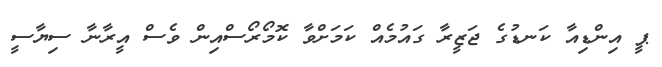
ޕީ އިންޑިއާ ކަނޑުގެ ޖަޒީރާ ގައުމެއް ކަމަށްވާ ކޮމޯރޯސްއިން ވެސް އީރާނާ ސިޔާސީ